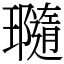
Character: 瓍